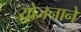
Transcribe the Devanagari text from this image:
योजनाने